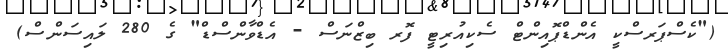
("ކެސްޕަރސްކީ އެންޑްޕޮއިންޓް ސެކިއުރިޓީ ފޮރ ބިޒްނަސް - އެޑްވާންސްޑް" ގެ 280 ލައިސަންސް)